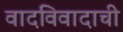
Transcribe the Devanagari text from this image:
वादविवादाची